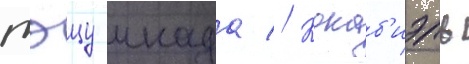
тэцу инада // Кокаб'иэль